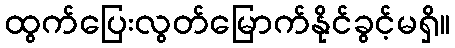
ထွက်ပြေးလွတ်မြောက်နိုင်ခွင့်မရှိ။